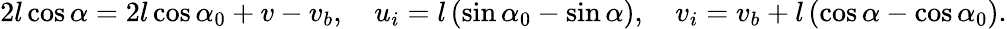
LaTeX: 2l\cos{\alpha}=2l\cos{\alpha_{0}}+v-v_{b},\quad u_{i}=l\left(\sin{\alpha_{0}}-\sin{\alpha}\right),\quad v_{i}=v_{b}+l\left(\cos{\alpha}-\cos{\alpha_{0}}\right).